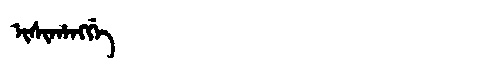
Manchu: ᡳᠰᡳᡥᠠᠩᡤᡝ
Romanization: ISIHANGGE